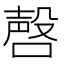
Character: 𪡹